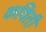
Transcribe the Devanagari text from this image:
कविती